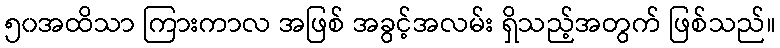
၅၀အထိသာ ကြားကာလ အဖြစ် အခွင့်အလမ်း ရှိသည့်အတွက် ဖြစ်သည်။